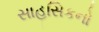
સાહસિકનો